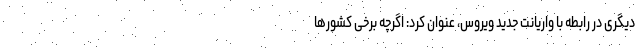
دیگری در رابطه با واریانت جدید ویروس، عنوان کرد: اگرچه برخی کشورها